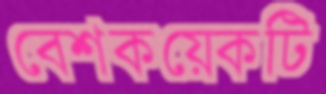
বেশকয়েকটি